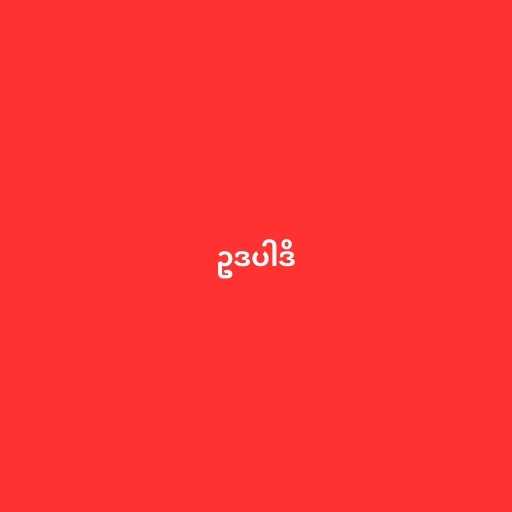
ဥဒပါဒိ